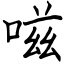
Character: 嗞